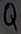
Text: Q